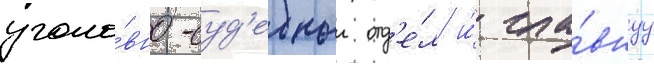
уголо́вно-суд'ебныи отд'е́л и́ гла́внуу